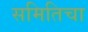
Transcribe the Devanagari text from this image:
समितिचा